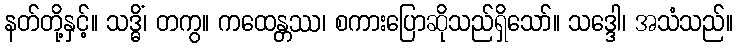
နတ်တို့နှင့်။ သဒ္ဓိံ၊ တကွ။ ကထေန္တဿ၊ စကားပြောဆိုသည်ရှိသော်။ သဒ္ဒေါ၊ အသံသည်။